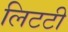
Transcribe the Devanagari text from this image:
लिटटी